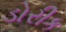
ડોરીક